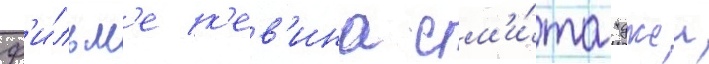
ф'и́льм'е к'ев'ина см'и́та "джеи